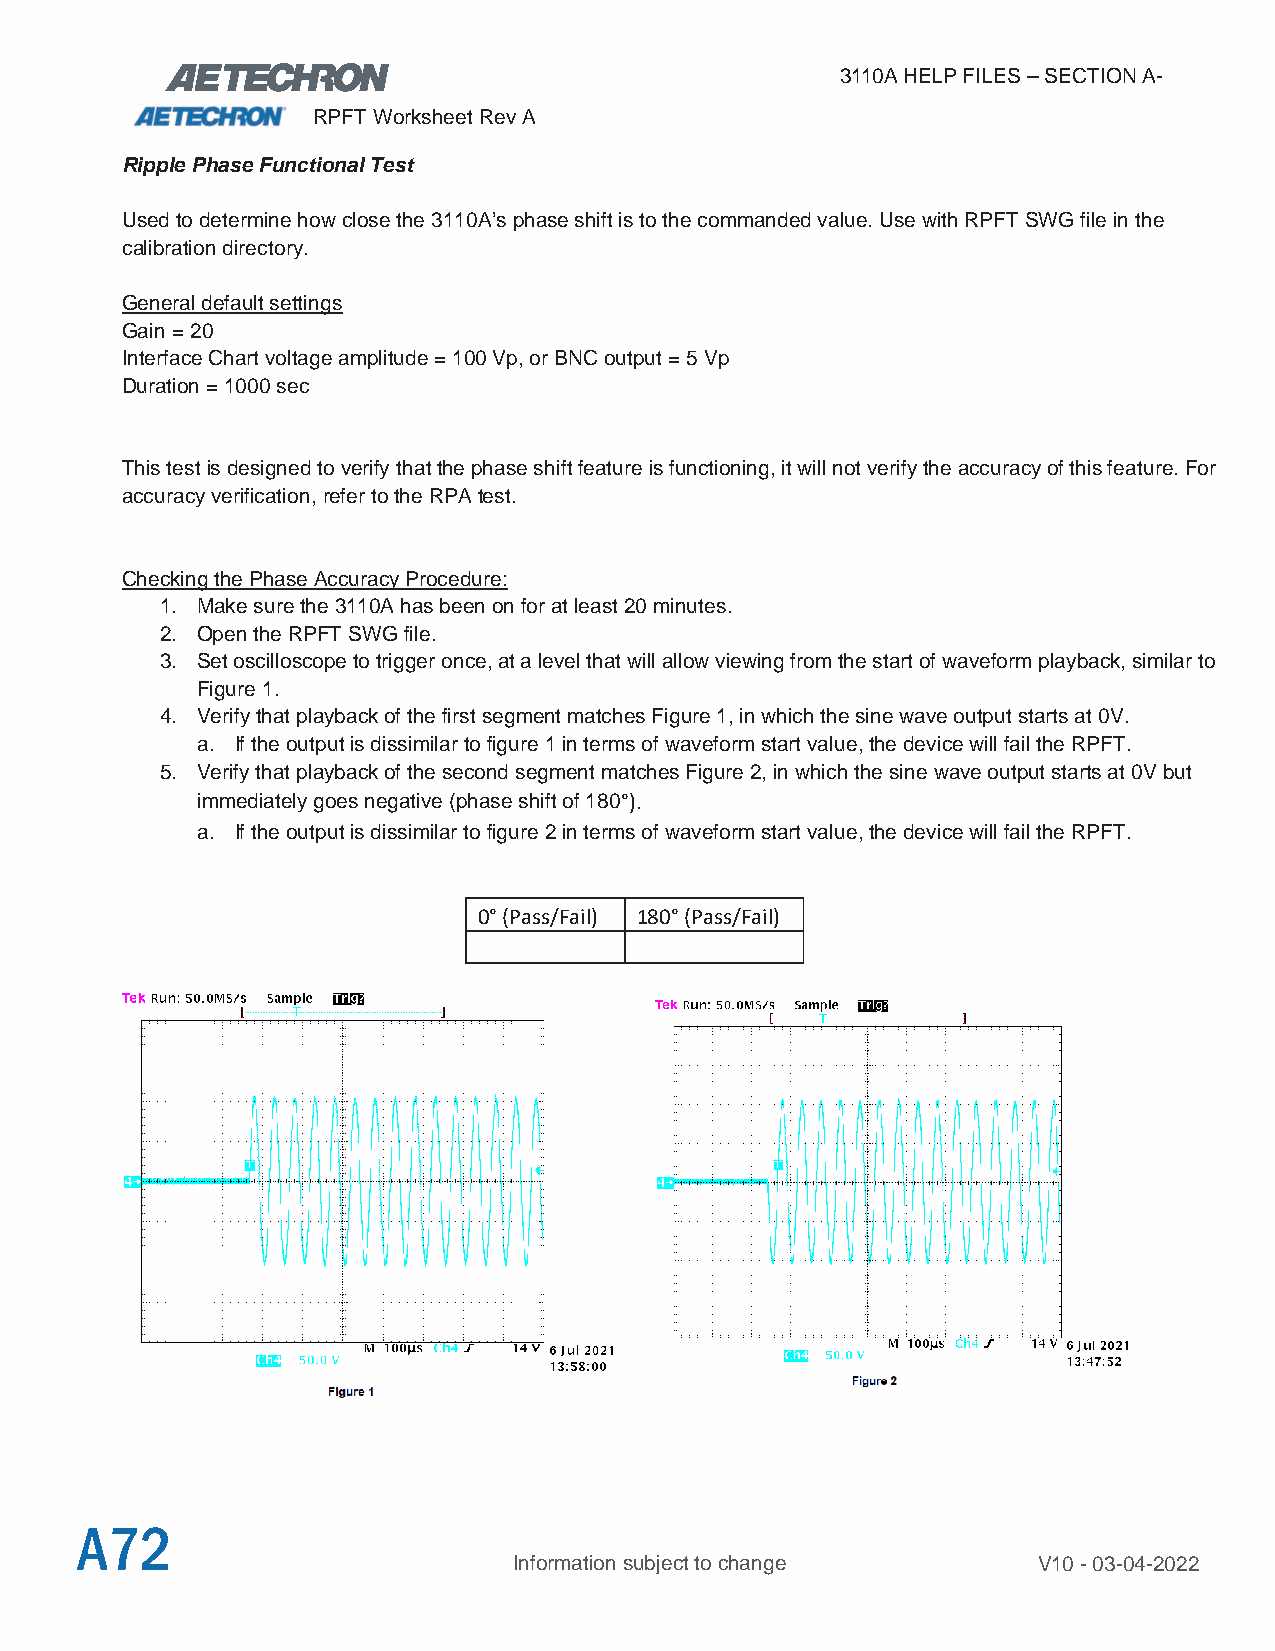
3110A HELP FILES – SECTION A-
 RPFT Worksheet Rev A
 Ripple Phase Functional Test
 Used to determine how close the 3110A’s phase shift is to the commanded value. Use with RPFT SWG file in the
 calibration directory.
 General default settings
 Gain = 20
 Interface Chart voltage amplitude = 100 Vp, or BNC output = 5 Vp
 Duration = 1000 sec
 This test is designed to verify that the phase shift feature is functioning, it will not verify the accuracy of this feature. For
 accuracy verification, refer to the RPA test.
 Checking the Phase Accuracy Procedure:
 1. Make sure the 3110A has been on for at least 20 minutes.
 2. Open the RPFT SWG file.
 3. Set oscilloscope to trigger once, at a level that will allow viewing from the start of waveform playback, similar to
 Figure 1.
 4. Verify that playback of the first segment matches Figure 1, in which the sine wave output starts at 0V.
 a. If the output is dissimilar to figure 1 in terms of waveform start value, the device will fail the RPFT.
 5. Verify that playback of the second segment matches Figure 2, in which the sine wave output starts at 0V but
 immediately goes negative (phase shift of 180°).
 a. If the output is dissimilar to figure 2 in terms of waveform start value, the device will fail the RPFT.
 0° (Pass/Fail) 180° (Pass/Fail)
 A72
 Information subject to change      V10 - 03-04-2022